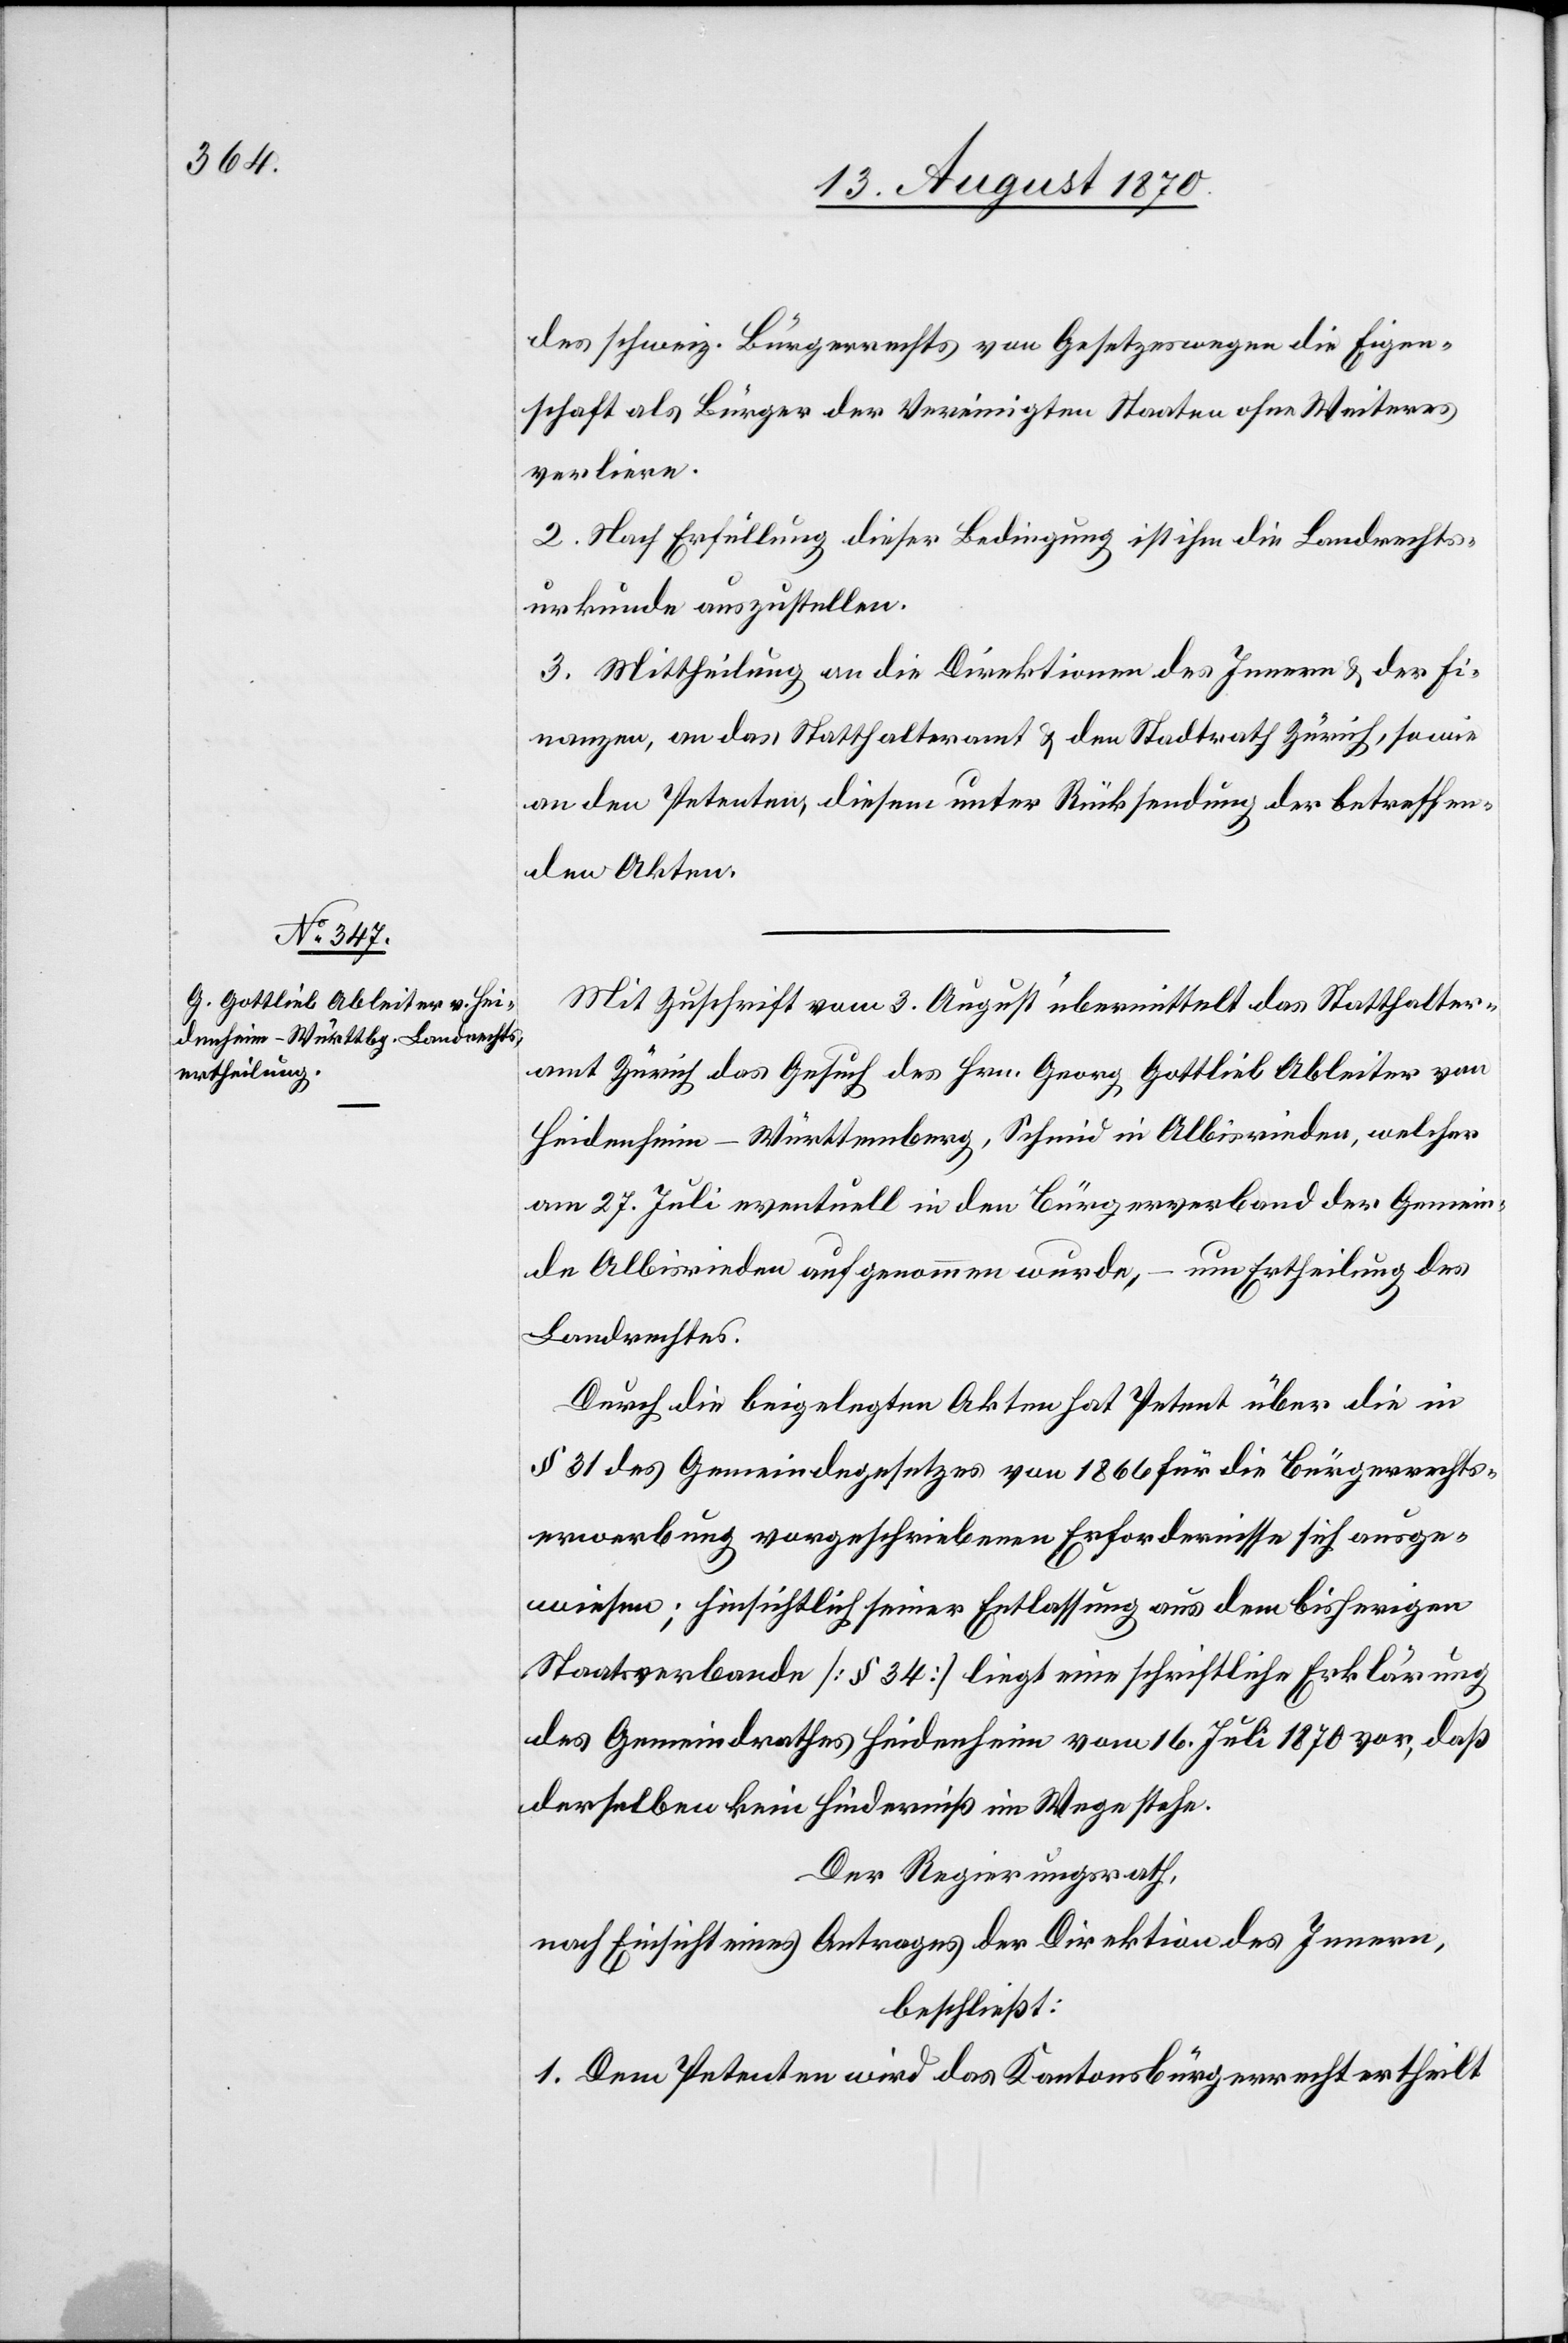
Mit Zuschrift vom 3. August übermittelt das Statthalter¬
amt Zürich das Gesuch des Hrn. Georg Gottlieb Ableiter von
Heidenheim - Württemberg, Schmid in Albisrieden, welcher
am 27. Juli eventuell in den Bürgerverband der Gemein¬
de Albisrieden aufgenommen wurde, – um Ertheilung des
Landrechtes.
Durch die beigelegten Akten hat Petent über die in
§ 31 des Gemeindegesetzes von 1866 für die Bürgerrechts¬
erwerbung vorgeschriebenen Erfordernisse sich ausge¬
wiesen; hinsichtlich seiner Entlassung aus dem bisherigen
Staatsverbande [§ 34] liegt eine schriftliche Erklärung
des Gemeindrathes Heidenheim vom 16. Juli 1870 vor, daß
derselben kein Hinderniß im Wege stehe.
Der Regierungsrath,
nach Einsicht eines Antrages der Direktion des Innern,
beschließt:
1. Dem Petenten wird das Kantonsbürgerrecht ertheilt